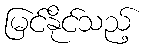
မြင်နိုင်သည့်